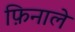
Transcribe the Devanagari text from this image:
फ़िनाले